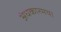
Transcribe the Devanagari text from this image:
अंधकारमय।